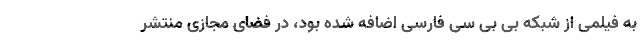
به فیلمی از شبکه بی بی سی فارسی اضافه شده بود، در فضای مجازی منتشر